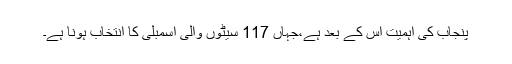
پنجاب کی اہمیت اس کے بعد ہے،جہاں 117 سیٹوں والی اسمبلی کا انتخاب ہونا ہے۔